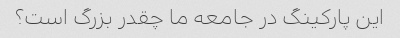
این پارکینگ در جامعه ما چقدر بزرگ است؟